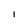
Character: l